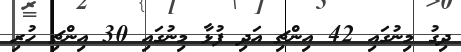
ދިގު މިނުގައި 42 އިންޗި އަދި ފުޅާ މިނުގައި 30 އިންޗި ހުރި